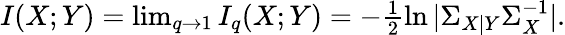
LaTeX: \begin{array}{r}{I(X;Y)=\operatorname*{lim}_{q\to 1}I_{q}(X;Y)=-\frac{1}{2}\ln|\Sigma_{X|Y}\Sigma_{X}^{-1}|.}\end{array}